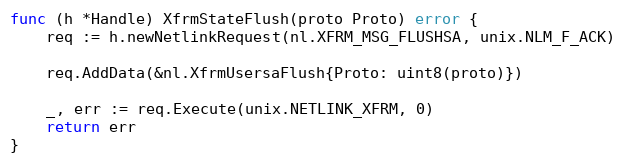
Language: Go
func (h *Handle) XfrmStateFlush(proto Proto) error {
	req := h.newNetlinkRequest(nl.XFRM_MSG_FLUSHSA, unix.NLM_F_ACK)

	req.AddData(&nl.XfrmUsersaFlush{Proto: uint8(proto)})

	_, err := req.Execute(unix.NETLINK_XFRM, 0)
	return err
}